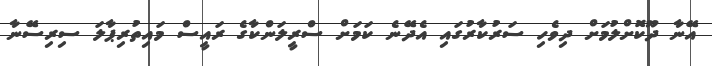
އޭނާ ދޫކޮށްލުމަށް ދިވެހި ސަރުކާރުގައި އެދޭނެ ކަމަށް ސްރީލަންކާގެ ރައީސް މައިތުރިޕާލަ ސިރިސޭނާ